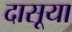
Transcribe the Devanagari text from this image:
दासूया